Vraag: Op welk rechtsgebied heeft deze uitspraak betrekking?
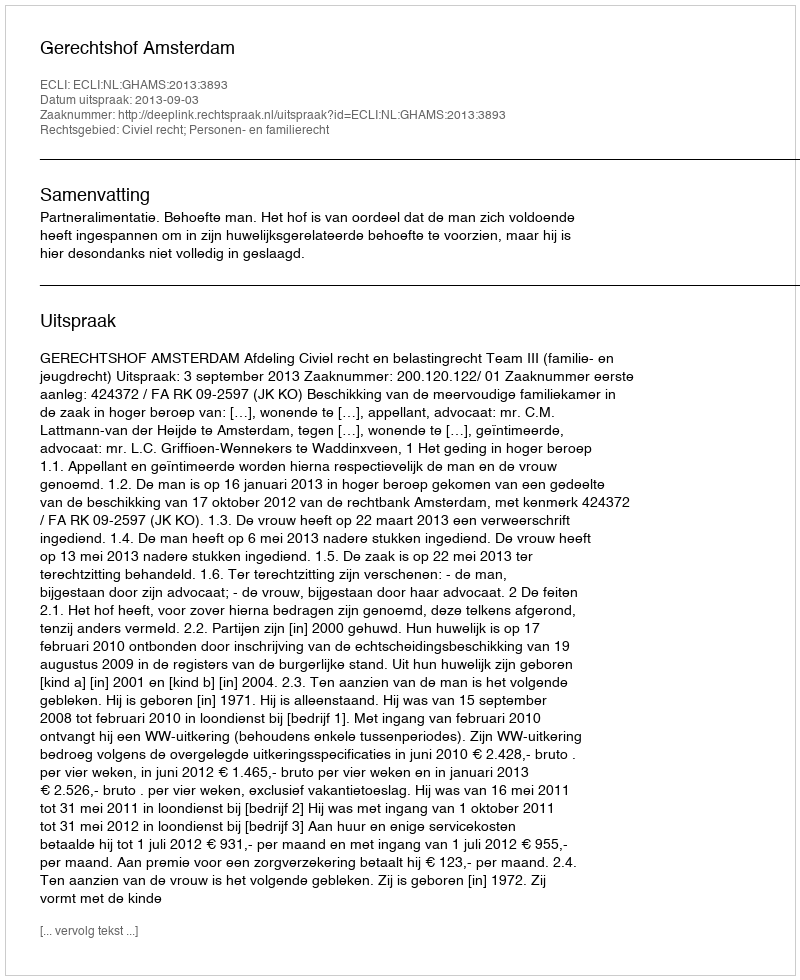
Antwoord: Civiel recht; Personen- en familierecht